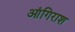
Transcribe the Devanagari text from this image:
आंगिराश